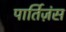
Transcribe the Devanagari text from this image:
पार्तिज़ंस